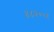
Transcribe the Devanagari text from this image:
४८२००४